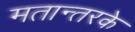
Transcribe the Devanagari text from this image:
मतान्तरके